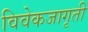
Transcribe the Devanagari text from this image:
विवेकजागृती